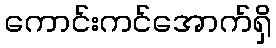
ကောင်းကင်အောက်ရှိ